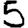
Digit: 5